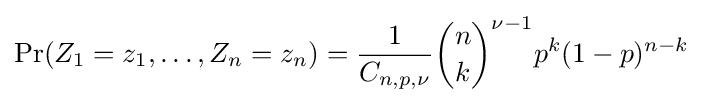
\Pr(Z_{1}=z_{1},\ldots ,Z_{n}=z_{n})={\frac {1}{C_{n,p,\nu }}}{\binom {n}{k}}^{\nu -1}p^{k}(1-p)^{n-k}